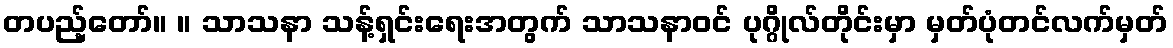
တပည့်တော်။ ။ သာသနာ သန့်ရှင်းရေးအတွက် သာသနာဝင် ပုဂ္ဂိုလ်တိုင်းမှာ မှတ်ပုံတင်လက်မှတ်